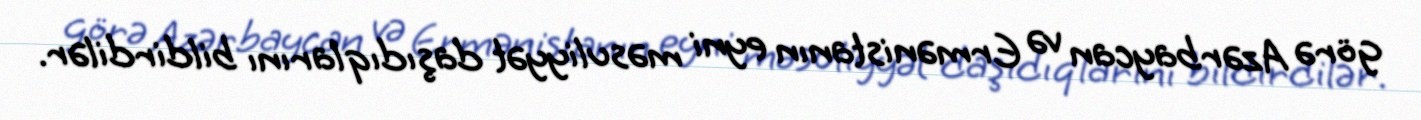
görə Azərbaycan və Ermənistanın eyni məsuliyyət daşıdıqlarını bildirdilər.